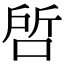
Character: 𭈝